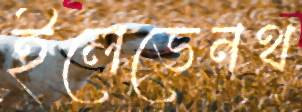
ইলেভেনথ